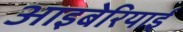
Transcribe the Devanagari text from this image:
आइबेरियाई